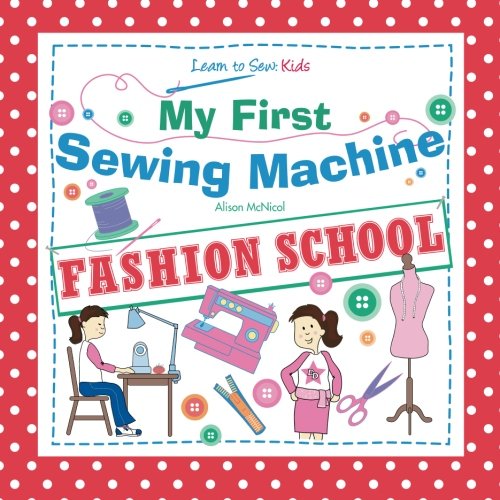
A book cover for My First Sewing Machine: FASHION SCHOOL: Learn To Sew: Kids; Alison McNicol; Crafts, Hobbies & Home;